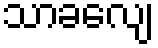
သာခလျေ